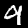
Label: 9